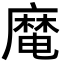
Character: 𪎜